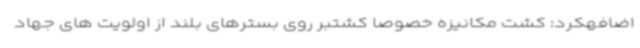
اضافهکرد: کشت مکانیزه خصوصا کشتبر روی بسترهای بلند از اولویت های جهاد